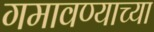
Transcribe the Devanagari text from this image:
गमावण्याच्या